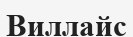
Виллайс